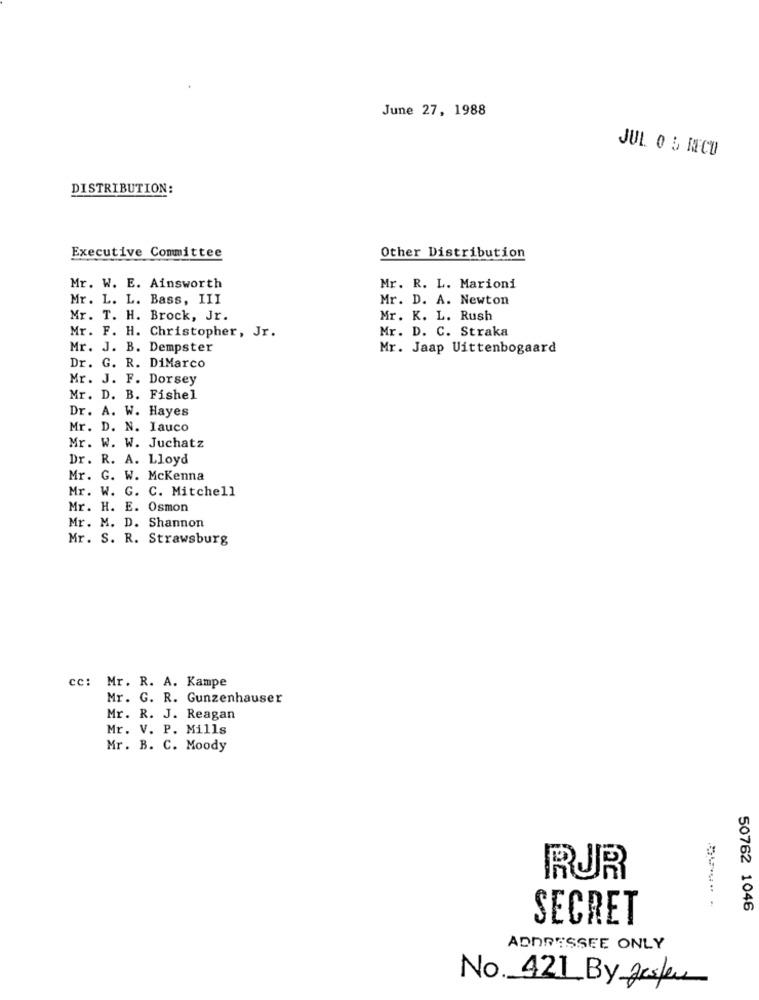
June 27, 1988
JUL 0 5 NCU
DISTRIBUTION:
Other Distribution
Executive Committee
Mr. W. E. Ainsworth
Mr. R. L. Marioni
Mr. L. L. Bass, III
Mr. D. A. Newton
Mr. T. H. Brock, Jr.
Mr. K. L. Rush
Mr. F. H. Christopher, Jr.
Mr. D. C. Straka
Mr. J. B. Dempster
Mr. Jaap Uittenbogaard
Dr. G. R. DiMarco
Mr. J. F. Dorsey
Mr. D. B. Fishel
Dr. A. W. Hayes
Mr. D. N. Iauco
Mr. W. W. Juchatz
Dr. R. A. Lloyd
Mr. G. W. Mckenna
Mr. W. G. C. Mitchell
Mr. H. E. Osmon
Mr. M. D. Shannon
Mr. S. R. Strawsburg
cc: Mr. R. A. Kampe
Mr. G. R. Gunzenhauser
Mr. R. J. Reagan
Mr. V. P. Mills
Mr. B. C. Moody
RUR
50762 1046
SECRET
ADDRESSEE ONLY
No. 421 By Jesper